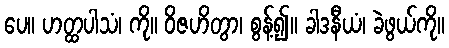
ပေ။ ဟတ္ထပါသံ၊ ကို။ ဝိဇဟိတွာ၊ စွန့်၍။ ခါဒနီယံ၊ ခဲဖွယ်ကို။